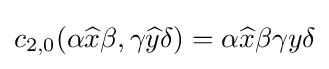
c_{2,0}(\alpha {\widehat {x}}\beta ,\gamma {\widehat {y}}\delta )=\alpha {\widehat {x}}\beta \gamma y\delta